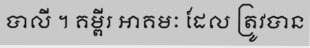
បាលី ។ គម្ពីរ អាគមៈ ដែល ត្រូវបាន